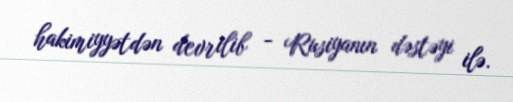
hakimiyyətdən devrilib - Rusiyanın dəstəyi ilə.